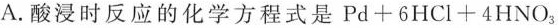
A.酸浸时反应的化学方程式是$$Pd+6HCl+4HNO_{3}$$